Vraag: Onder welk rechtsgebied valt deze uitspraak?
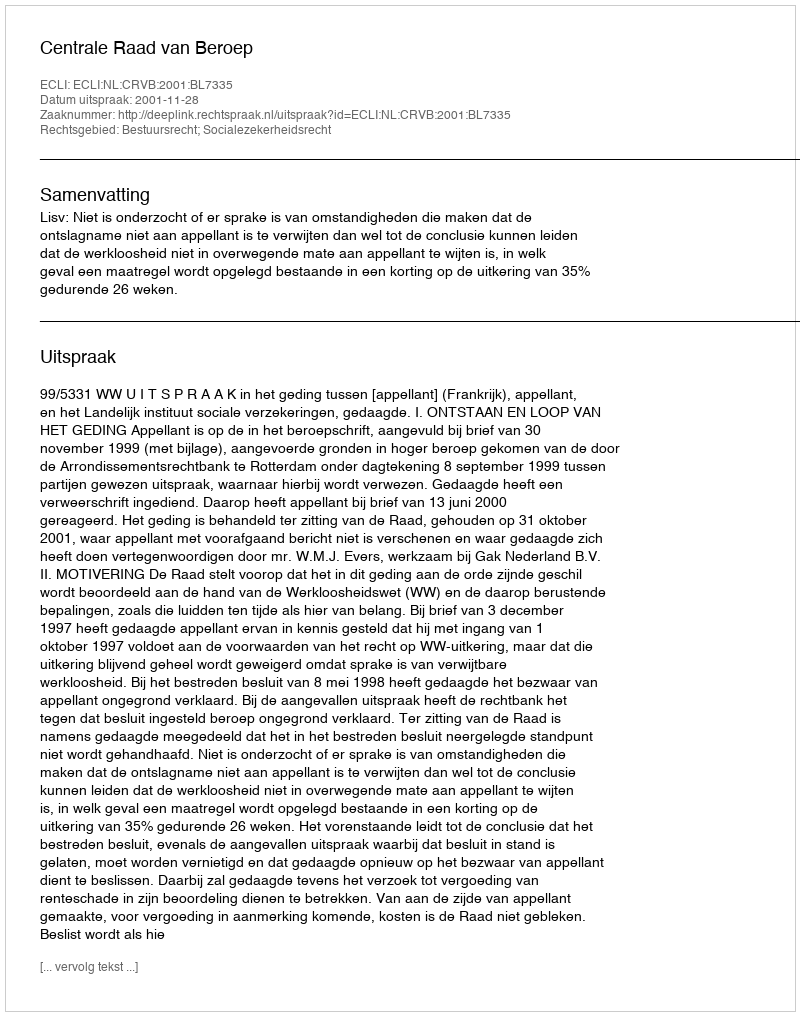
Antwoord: Bestuursrecht; Socialezekerheidsrecht